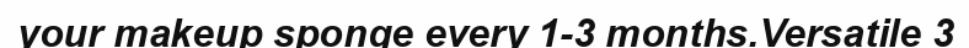
your makeup sponge every 1-3 months.Versatile 3